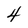
Character: 4